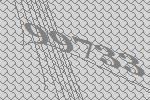
99733